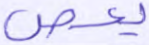
يعص